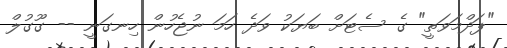
"ޕަދްމަވަތީ" ގެ ސެޓަށް ބަޔަކު ވަދެ ހަމަ ނުޖެހުން ހިނގަނީ -- ގޫގުލް